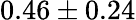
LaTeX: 0.46\pm 0.24